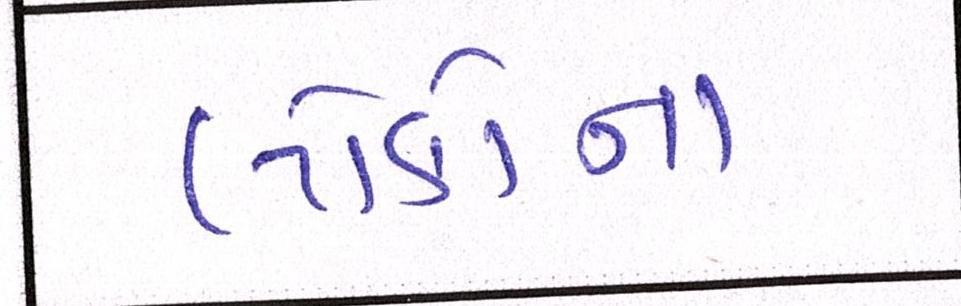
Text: લોકોના